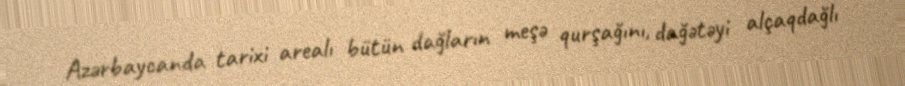
Azərbaycanda tarixi arealı bütün dağların meşə qurşağını, dağətəyi alçaqdağlı